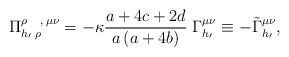
\begin{align*}\Pi _{h_{\prime }\;\rho \,}^{\rho \;\;\;\;,\,\mu \nu }=-\kappa\frac{a+4c+2d}{a\left( a+4b\right) }\;\Gamma _{h_{\prime }}^{\mu \nu }\equiv-\tilde \Gamma _{h_{\prime }}^{\mu \nu },\end{align*}